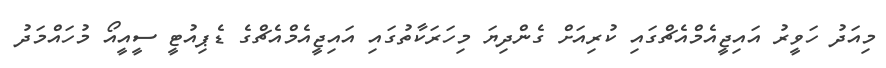
މިއަދު ހަވީރު އައިޖީއެމްއެޗްގައި ކުރިއަށް ގެންދިޔަ މިހަރަކާތުގައި އައިޖީއެމްއެޗްގެ ޑެޕިއުޓީ ސީއީއޯ މުހައްމަދު